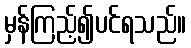
မှန်ကြည့်၍ပင်ရသည်။